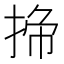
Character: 𭡁